Annual report on the working of the lock hospitals in the North-Western Provinces and Oudh
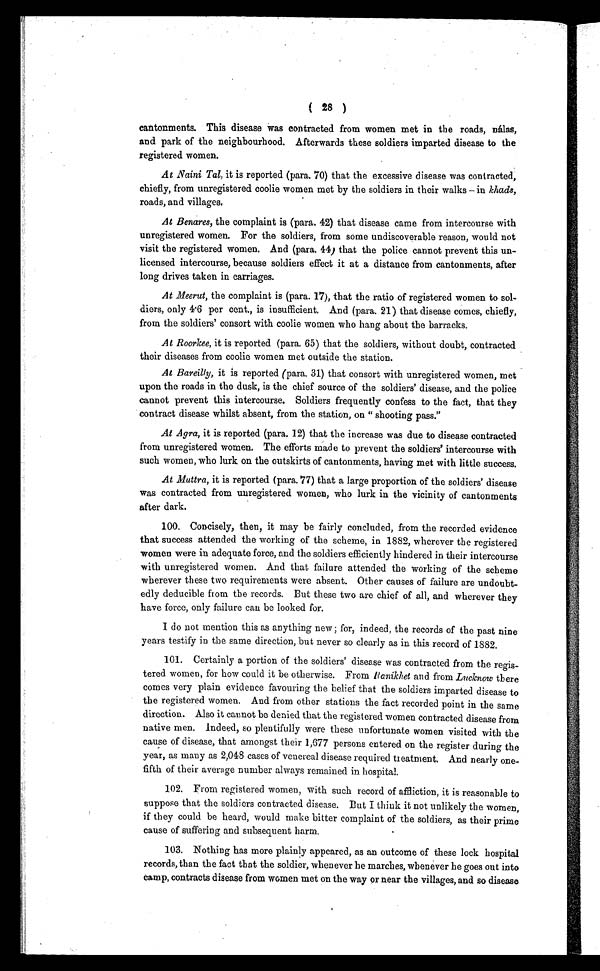
( 28 )
cantonments. This disease was contracted from women met in the roads, nálas,
and park of the neighbourhood. Afterwards these soldiers imparted disease to the
registered women.
At Naini Tal, it is reported (para. 70) that the excessive disease was contracted,
chiefly, from unregistered coolie women met by the soldiers in their walks — in khads,
roads, and villages.
At Benares, the complaint is (para. 42) that disease came from intercourse with
unregistered women. For the soldiers, from some undiscoverable reason, would not
visit the registered women. And (para. 44) that the police cannot prevent this un-
licensed intercourse, because soldiers effect it at a distance from cantonments, after
long drives taken in carriages.
At Meerut, the complaint is (para. 17), that the ratio of registered women to sol-
diers, only 4.6 per cent., is insufficient. And (para. 21) that disease comes, chiefly,
from the soldiers' consort with coolie women who hang about the barracks.
At Roorkee, it is reported (para. 65) that the soldiers, without doubt, contracted
their diseases from coolie women met outside the station.
At Bareilly, it is reported (para. 31) that consort with unregistered women, met
upon the roads in the dusk, is the chief source of the soldiers' disease, and the police
cannot prevent this intercourse. Soldiers frequently confess to the fact, that they
contract disease whilst absent, from the station, on " shooting pass."
At Agra, it is reported (para. 12) that the increase was due to disease contracted
from unregistered women. The efforts made to prevent the soldiers' intercourse with
such women, who lurk on the outskirts of cantonments, having met with little success.
At Muttra, it is reported (para. 77) that a large proportion of the soldiers' disease
was contracted from unregistered women, who lurk in the vicinity of cantonments
after dark.
100. Concisely, then, it may be fairly concluded, from the recorded evidence
that success attended the working of the scheme, in 1882, wherever the registered
women were in adequate force, and the soldiers efficiently hindered in their intercourse
with unregistered women. And that failure attended the working of the scheme
wherever these two requirements were absent. Other causes of failure are undoubt-
edly deducible from the records. But these two are chief of all, and wherever they
have force, only failure can be looked for.
I do not mention this as anything new ; for, indeed, the records of the past nine
years testify in the same direction, but never so clearly as in this record of 1882.
101. Certainly a portion of the soldiers' disease was contracted from the regis-
tered women, for how could it be otherwise. From Ranikhet and from Lucknow there
comes very plain evidence favouring the belief that the soldiers imparted disease to
the registered women. And from other stations the fact recorded point in the same
direction. Also it cannot be denied that the registered women contracted disease from
native men. Indeed, so plentifully were these unfortunate women visited with the
cause of disease, that amongst their 1,677 persons entered on the register during the
year, as many as 2,048 cases of venereal disease required treatment. And nearly one-
fifth of their average number always remained in hospital.
102. From registered women, with such record of affliction, it is reasonable to
suppose that the soldiers contracted disease. But I think it not unlikely the women,
if they could be heard, would make bitter complaint of the soldiers, as their prime
cause of suffering and subsequent harm.
103. Nothing has more plainly appeared, as an outcome of these lock hospital
records, than the fact that the soldier, whenever he marches, whenever he goes out into
c a m p , c o n t r a c t s d i s e a s e f r o m w o m e n m e t o n t h e w a y o r n e a r t h e v i l l a g e s , a n d s o d i s e a s e